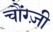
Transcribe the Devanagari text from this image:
चौंग्ज़ी